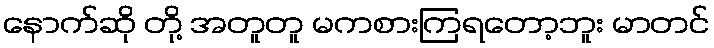
နောက်ဆို တို့ အတူတူ မကစားကြရတော့ဘူး မာတင်